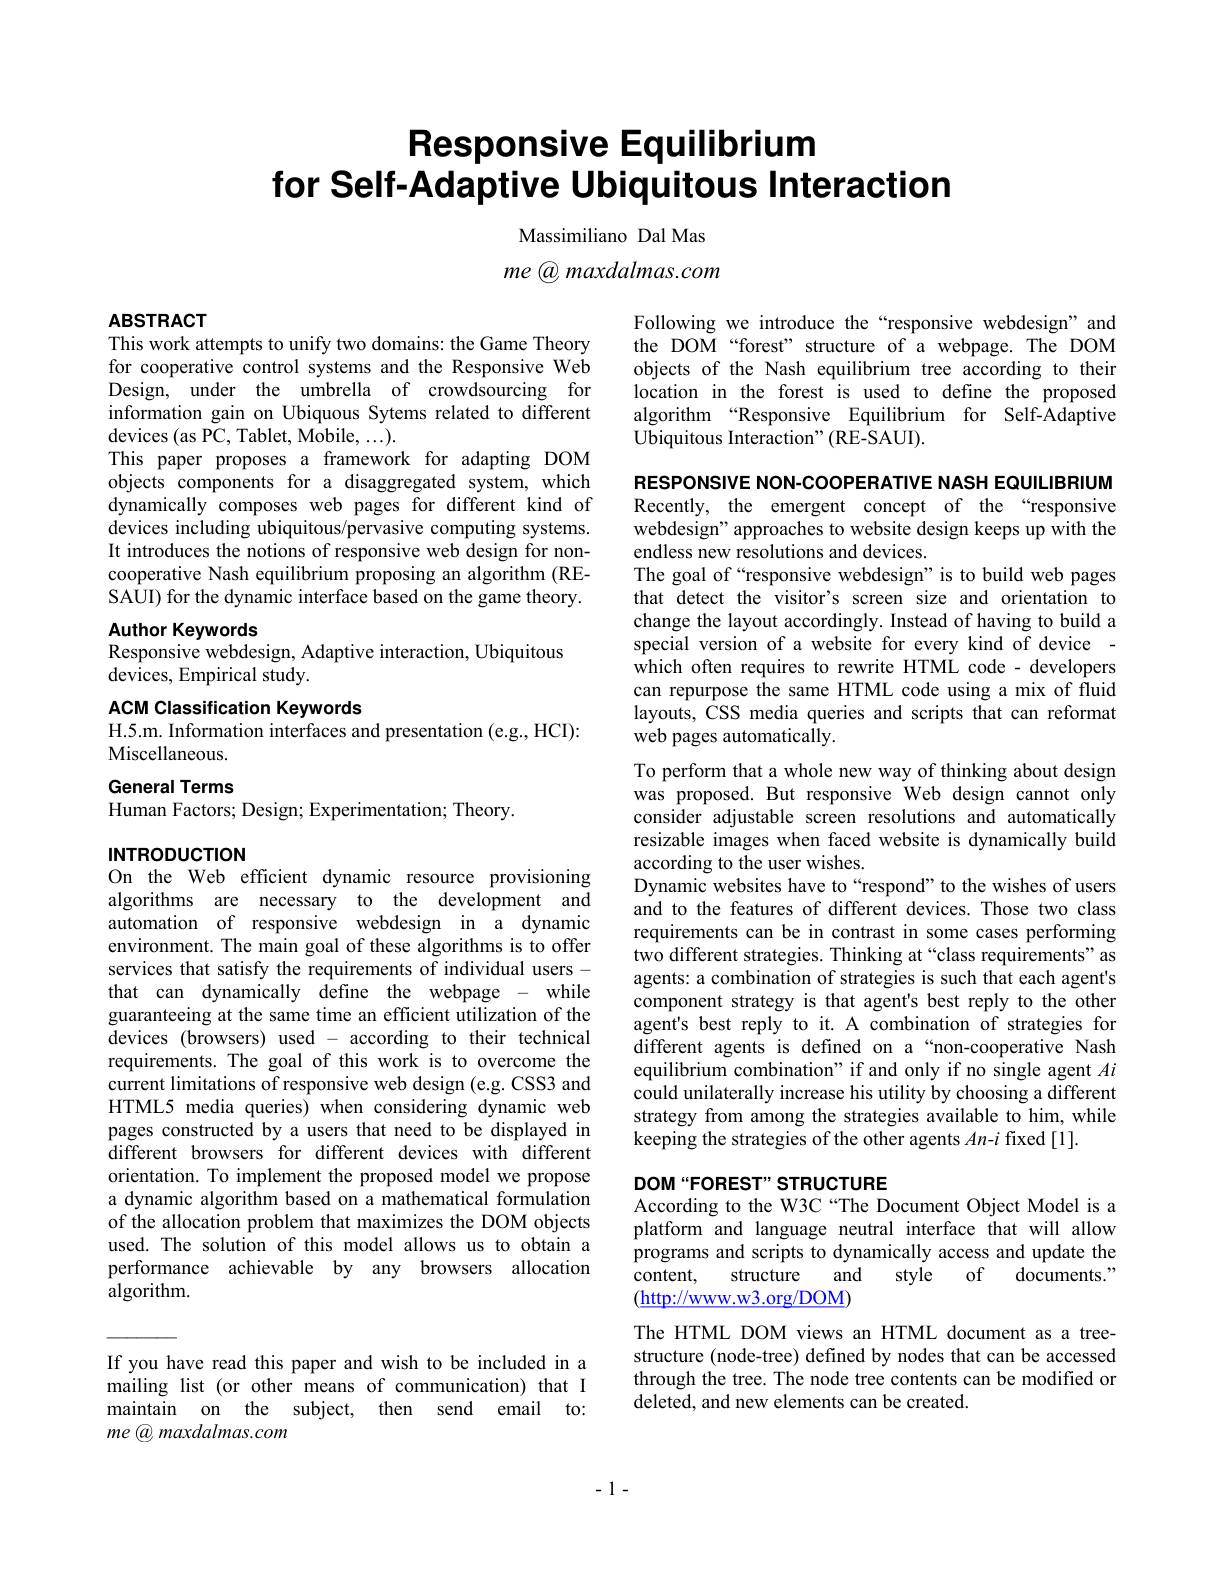
# Responsive Equilibrium for Self-Adaptive Ubiquitous Interaction

Massimiliano Dal Mas

me @ maxdalmas.com

### ABSTRACT This work attempts to unify two domains: the Game Theory

for cooperative control systems and the Responsive Web Design, under the umbrella of crowdsourcing for information gain on Ubiquous Sytems related to different devices (as PC, Tablet, Mobile, ...).
This paper proposes a framework for adapting DOM objects components for a disaggregated system, which dynamically composes web pages for different kind of devices including ubiquitous/pervasive computing systems. It introduces the notions of responsive web design for noncooperative Nash equilibrium proposing an algorithm (RESAUI) for the dynamic interface based on the game theory.

Author Keywords
Responsive webdesign, Adaptive interaction, Ubiquitous

devices, Empirical study.

ACM Classification Keywords
H.5.m. Information interfaces and presentation (e.g., HCI):
Miscellaneous.

General Terms

Human Factors; Design; Experimentation; Theory.

INTRODUCTION
On the Web efficient dynamic resource provisioning

algorithms are necessary to the development and automation of responsive webdesign in a dynamic environment. The main goal of these algorithms is to offer services that satisfy the requirements of individual users - that can dynamically define the webpage - while guaranteeing at the same time an efficient utilization of the devices (browsers) used - according to their technical requirements. The goal of this work is to overcome the current limitations of responsive web design (e.g. CSS3 and HTML5 media queries) when considering dynamic web pages constructed by a users that need to be displayed in different browsers for different devices with different orientation. To implement the proposed model we propose a dynamic algorithm based on a mathematical formulation of the allocation problem that maximizes the DOM objects used. The solution of this model allows us to obtain a performance achievable by any browsers allocation algorithm.

Following we introduce the“responsive webdesign”and the DOM“forest”structure of a webpage. The DOM objects of the Nash equilibrium tree according to their location in the forest is used to define the proposed algorithm “Responsive Equilibrium for Self-Adaptive Ubiquitous Interaction" (RE-SAUI).

RESPONSIVE NON-COOPERATIVE NASH EQUILIBRIUM Recently, the emergent concept of the “responsive webdesign" approaches to website design keeps up with the endless new resolutions and devices.
The goal of“responsive webdesign”is to build web pages that detect the visitor's screen size and orientation to change the layout accordingly. Instead of having to build a special version of a website for every kind of device
which often requires to rewrite HTML code - developers can repurpose the same HTML code using a mix of fluid layouts, CSS media queries and scripts that can reformat web pages automatically.
To perform that a whole new way of thinking about design was proposed. But responsive Web design cannot only consider adjustable screen resolutions and automatically resizable images when faced website is dynamically build according to the user wishes.
Dynamic websites have to“respond”to the wishes of users and to the features of different devices. Those two class requirements can be in contrast in some cases performing two different strategies. Thinking at“class requirements”as agents: a combination of strategies is such that each agent's component strategy is that agent's best reply to the other agent's best reply to it. A combination of strategies for different agents is defined on a“non-cooperative Nash equilibrium combination" if and only if no single agent $Ai$ could unilaterally increase his utility by choosing a different strategy from among the strategies available to him, while keeping the strategies of the other agents $An$-$i$ fixed[1].

## DOM“FOREST” STRUCTURE According to the W3C “The Document Object Model is a

platform and language neutral interface that will allow programs and scripts to dynamically access and update the
of
and
style
documents."
content,
structure
$(\underline{\mathrm{http://www.w3.org/DOM}})$

The HTML DOM views an HTML document as a treestructure (node-tree) defined by nodes that can be accessed through the tree. The node tree contents can be modified or deleted, and new elements can be created.

If you have read this paper and wish to be included in a mailing list (or other means of communication) that I maintain on the subject, then send email to: me @ maxdalmas.com

-1-